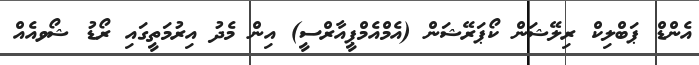
އެންޑް ޕަބްލިކް ރިލޭޝަން ކޯޕަރޭޝަން (އެމްއެމްޕީއާރްސީ) އިން މެދު އިރުމަތީގައި ރޯޑު ޝޯވއެއް